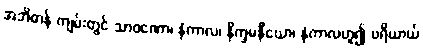
အဘိဓာန် ကျမ်းတွင် သာဝဏော၊ နံကာလ၊ နိက္ခမနီယော၊ နံကာလဟူ၍ ပရိယာယ်